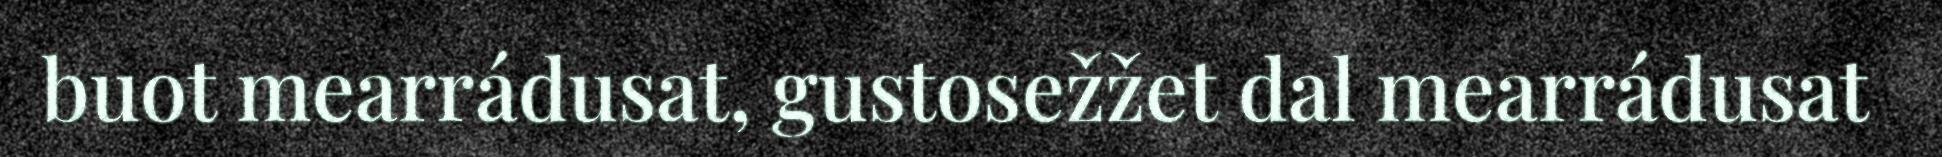
buot mearrádusat, gustosežžet dal mearrádusat